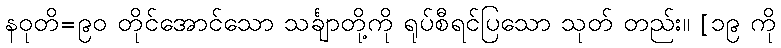
နဝုတိ=၉၀ တိုင်အောင်သော သင်္ချာတို့ကို ရုပ်စီရင်ပြသော သုတ် တည်း။ [၁၉ ကို